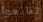
تمانعوا